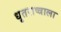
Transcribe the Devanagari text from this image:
धृतराष्त्राला